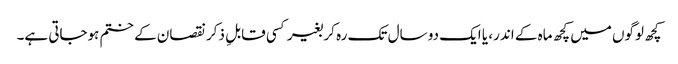
کچھ لوگوں میں کچھ ماہ کے اندر، یا ایک دو سال تک رہ کر بغیر کسی قابلِ ذکر نقصان کے ختم ہوجاتی ہے۔